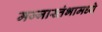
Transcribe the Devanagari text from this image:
मज्जास्तंभामध्ये